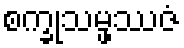
စက္ခုသမ္ဖဿဇံ